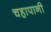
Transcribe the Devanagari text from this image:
चहापानी